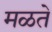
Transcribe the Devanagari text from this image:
मळते